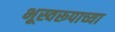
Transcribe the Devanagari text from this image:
भूस्वरूपाच्या